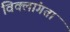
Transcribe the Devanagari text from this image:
विक्लांगता